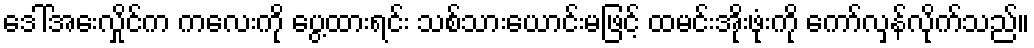
ဒေါ်အေးလှိုင်က ကလေးကို ပွေ့ထားရင်း သစ်သားယောင်းမဖြင့် ထမင်းအိုးဖုံးကို ကော်လှန်လိုက်သည်။